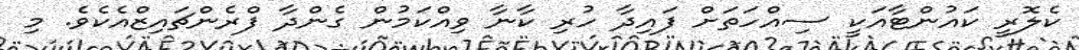
ކެލޮރީ ކައުންޓާއަކީ ސިއްހަތަށް ފައިދާ ހުރި ކާނާ ވިއްކަމުން ގެންދާ ފްރެންޗައިޒްއެކެވެ. މި